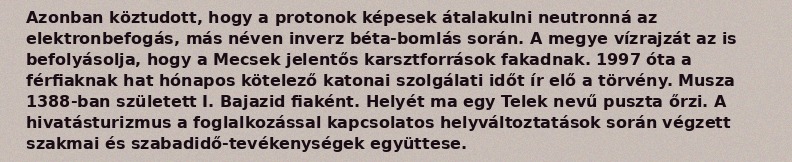
Azonban köztudott, hogy a protonok képesek átalakulni neutronná az elektronbefogás, más néven inverz béta-bomlás során. A megye vízrajzát az is befolyásolja, hogy a Mecsek jelentős karsztforrások fakadnak. 1997 óta a férfiaknak hat hónapos kötelező katonai szolgálati időt ír elő a törvény. Musza 1388-ban született I. Bajazid fiaként. Helyét ma egy Telek nevű puszta őrzi. A hivatásturizmus a foglalkozással kapcsolatos helyváltoztatások során végzett szakmai és szabadidő-tevékenységek együttese.